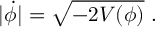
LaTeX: | \dot { \phi } | = \sqrt { - 2 V ( \phi ) } \ .